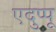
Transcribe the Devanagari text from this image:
एदुप्पू